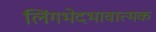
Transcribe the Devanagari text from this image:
लिंगभेदभावात्मक